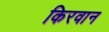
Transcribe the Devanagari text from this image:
किरवान